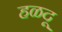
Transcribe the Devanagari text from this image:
हळदू